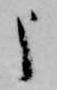
申